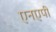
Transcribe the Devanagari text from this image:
एनएपी